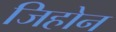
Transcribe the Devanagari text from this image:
जिहोन